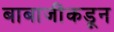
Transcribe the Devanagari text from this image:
बाबाजींकडून